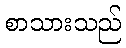
စာသားသည်